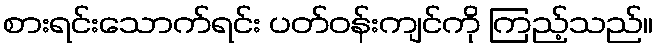
စားရင်းသောက်ရင်း ပတ်ဝန်းကျင်ကို ကြည့်သည်။